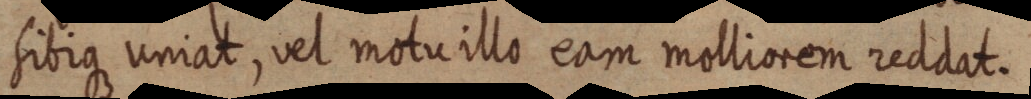
sibique uniat, vel motu illo eam molliorem reddat.